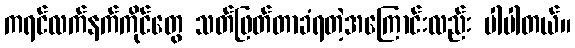
ကရင်လက်နက်ကိုင်တွေ သတ်ဖြတ်တာခံရတဲ့အကြောင်းလည်း ပါပါတယ်။